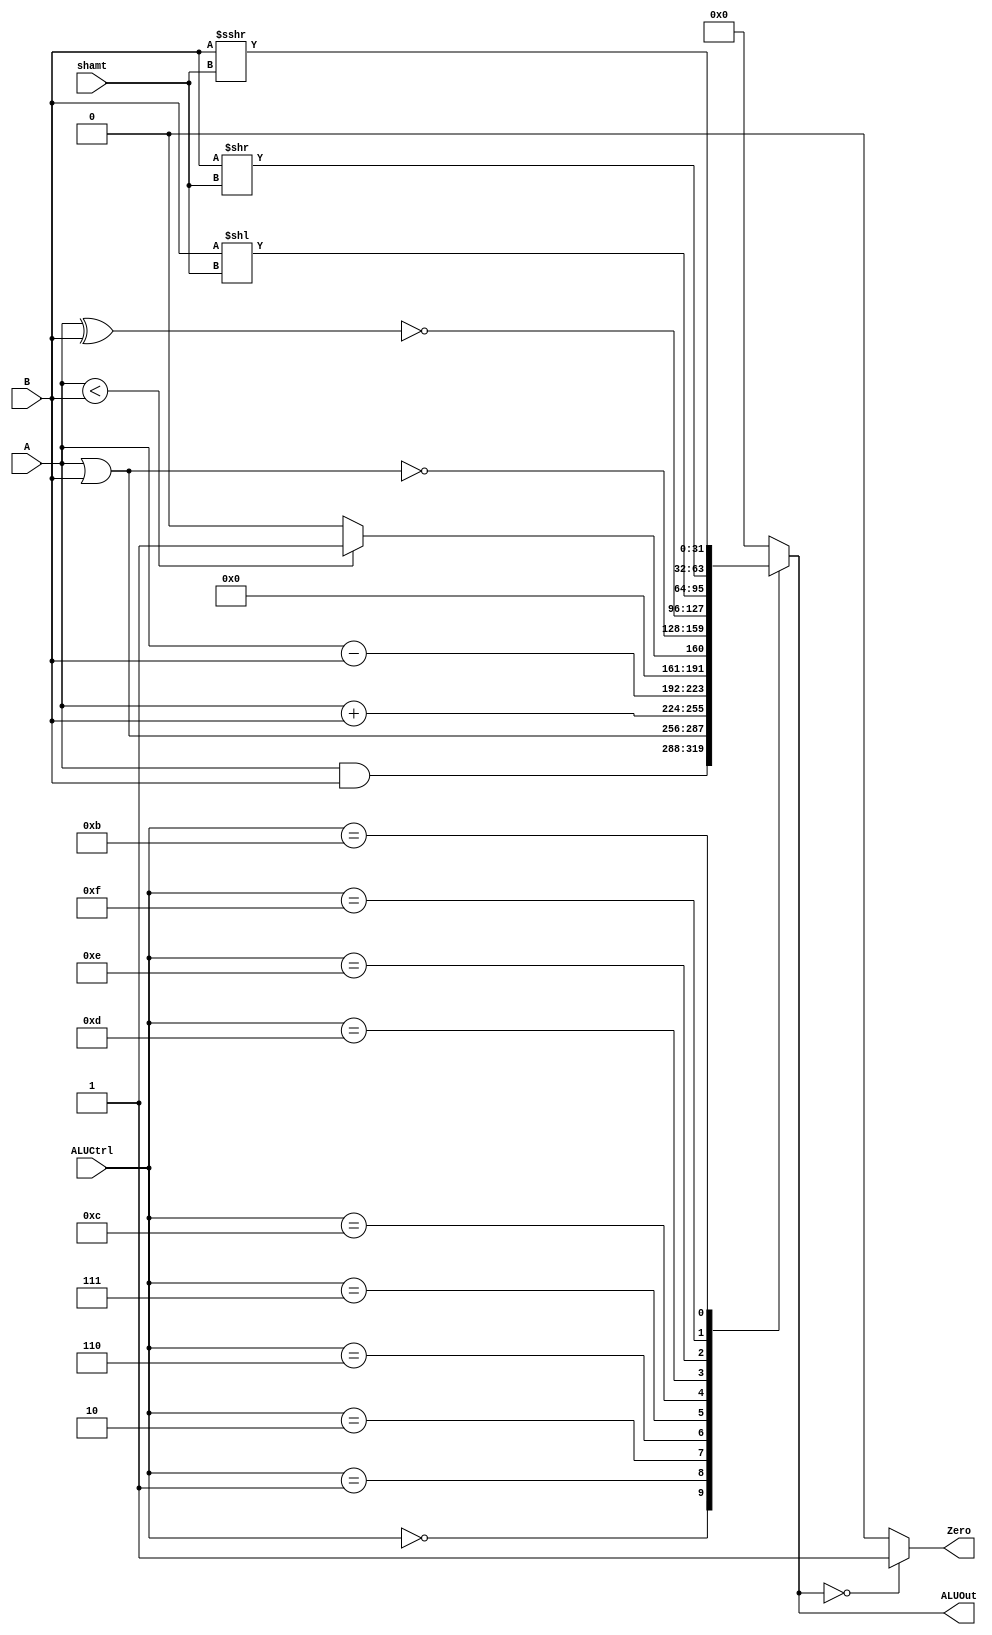
module ALU(A, B, ALUCtrl, ALUOut, shamt, Zero);
	input wire [3:0] ALUCtrl;
	input wire [4:0] shamt;
	input wire [31:0] A;
	input wire [31:0] B;
	output reg [31:0] ALUOut;
	output Zero;
	
	initial begin
		ALUOut = 0;
	end
	
	assign Zero = (ALUOut == 0) ? 1 : 0;
	always @(ALUCtrl, A, B)
	begin
		case(ALUCtrl)
			0: 	ALUOut <= A & B;
			1: 	ALUOut <= A | B;
			2: 	ALUOut <= A + B;
			6: 	ALUOut <= A - B;
			7: 	ALUOut <= A < B ? 1 : 0;
			12: 	ALUOut <= ~(A | B);
			13: 	ALUOut <= ~(A ^ B);
			14: 	ALUOut <= (B << shamt);
			15: 	ALUOut <= (B >> shamt);
			11: 	ALUOut <= (B >>> shamt);  // sra
			17:	ALUOut <= (B << 16); 	 // lui
			default: ALUOut <= 0; 
		endcase
	end
endmodule